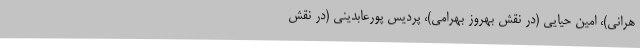
هرانی)، امین حیایی (در نقش بهروز بهرامی)، پردیس پورعابدینی (در نقش